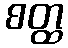
စတ္ထ